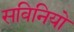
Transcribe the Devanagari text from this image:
सविनियो